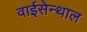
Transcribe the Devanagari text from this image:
वाईसेन्थाल